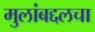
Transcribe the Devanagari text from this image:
मुलांबद्दलचा